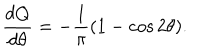
\frac { d Q } { d \theta } = - \frac { 1 } { \pi } ( 1 - \cos 2 \theta ) .